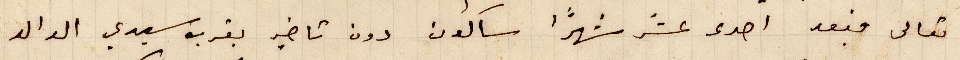
تعالى فبعد احدى عشر شهرًأ ساكون دون تأخير بقرب سيدي الوالد